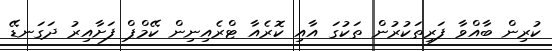
ކުރިން ބާއްވާ ފަރިތަކުރުން ތަކުގަ އާއި ކޮރެއާ ޓްރެއިނިން ކޭމްޕް ފަށާއިރު ދަގަނޑޭ